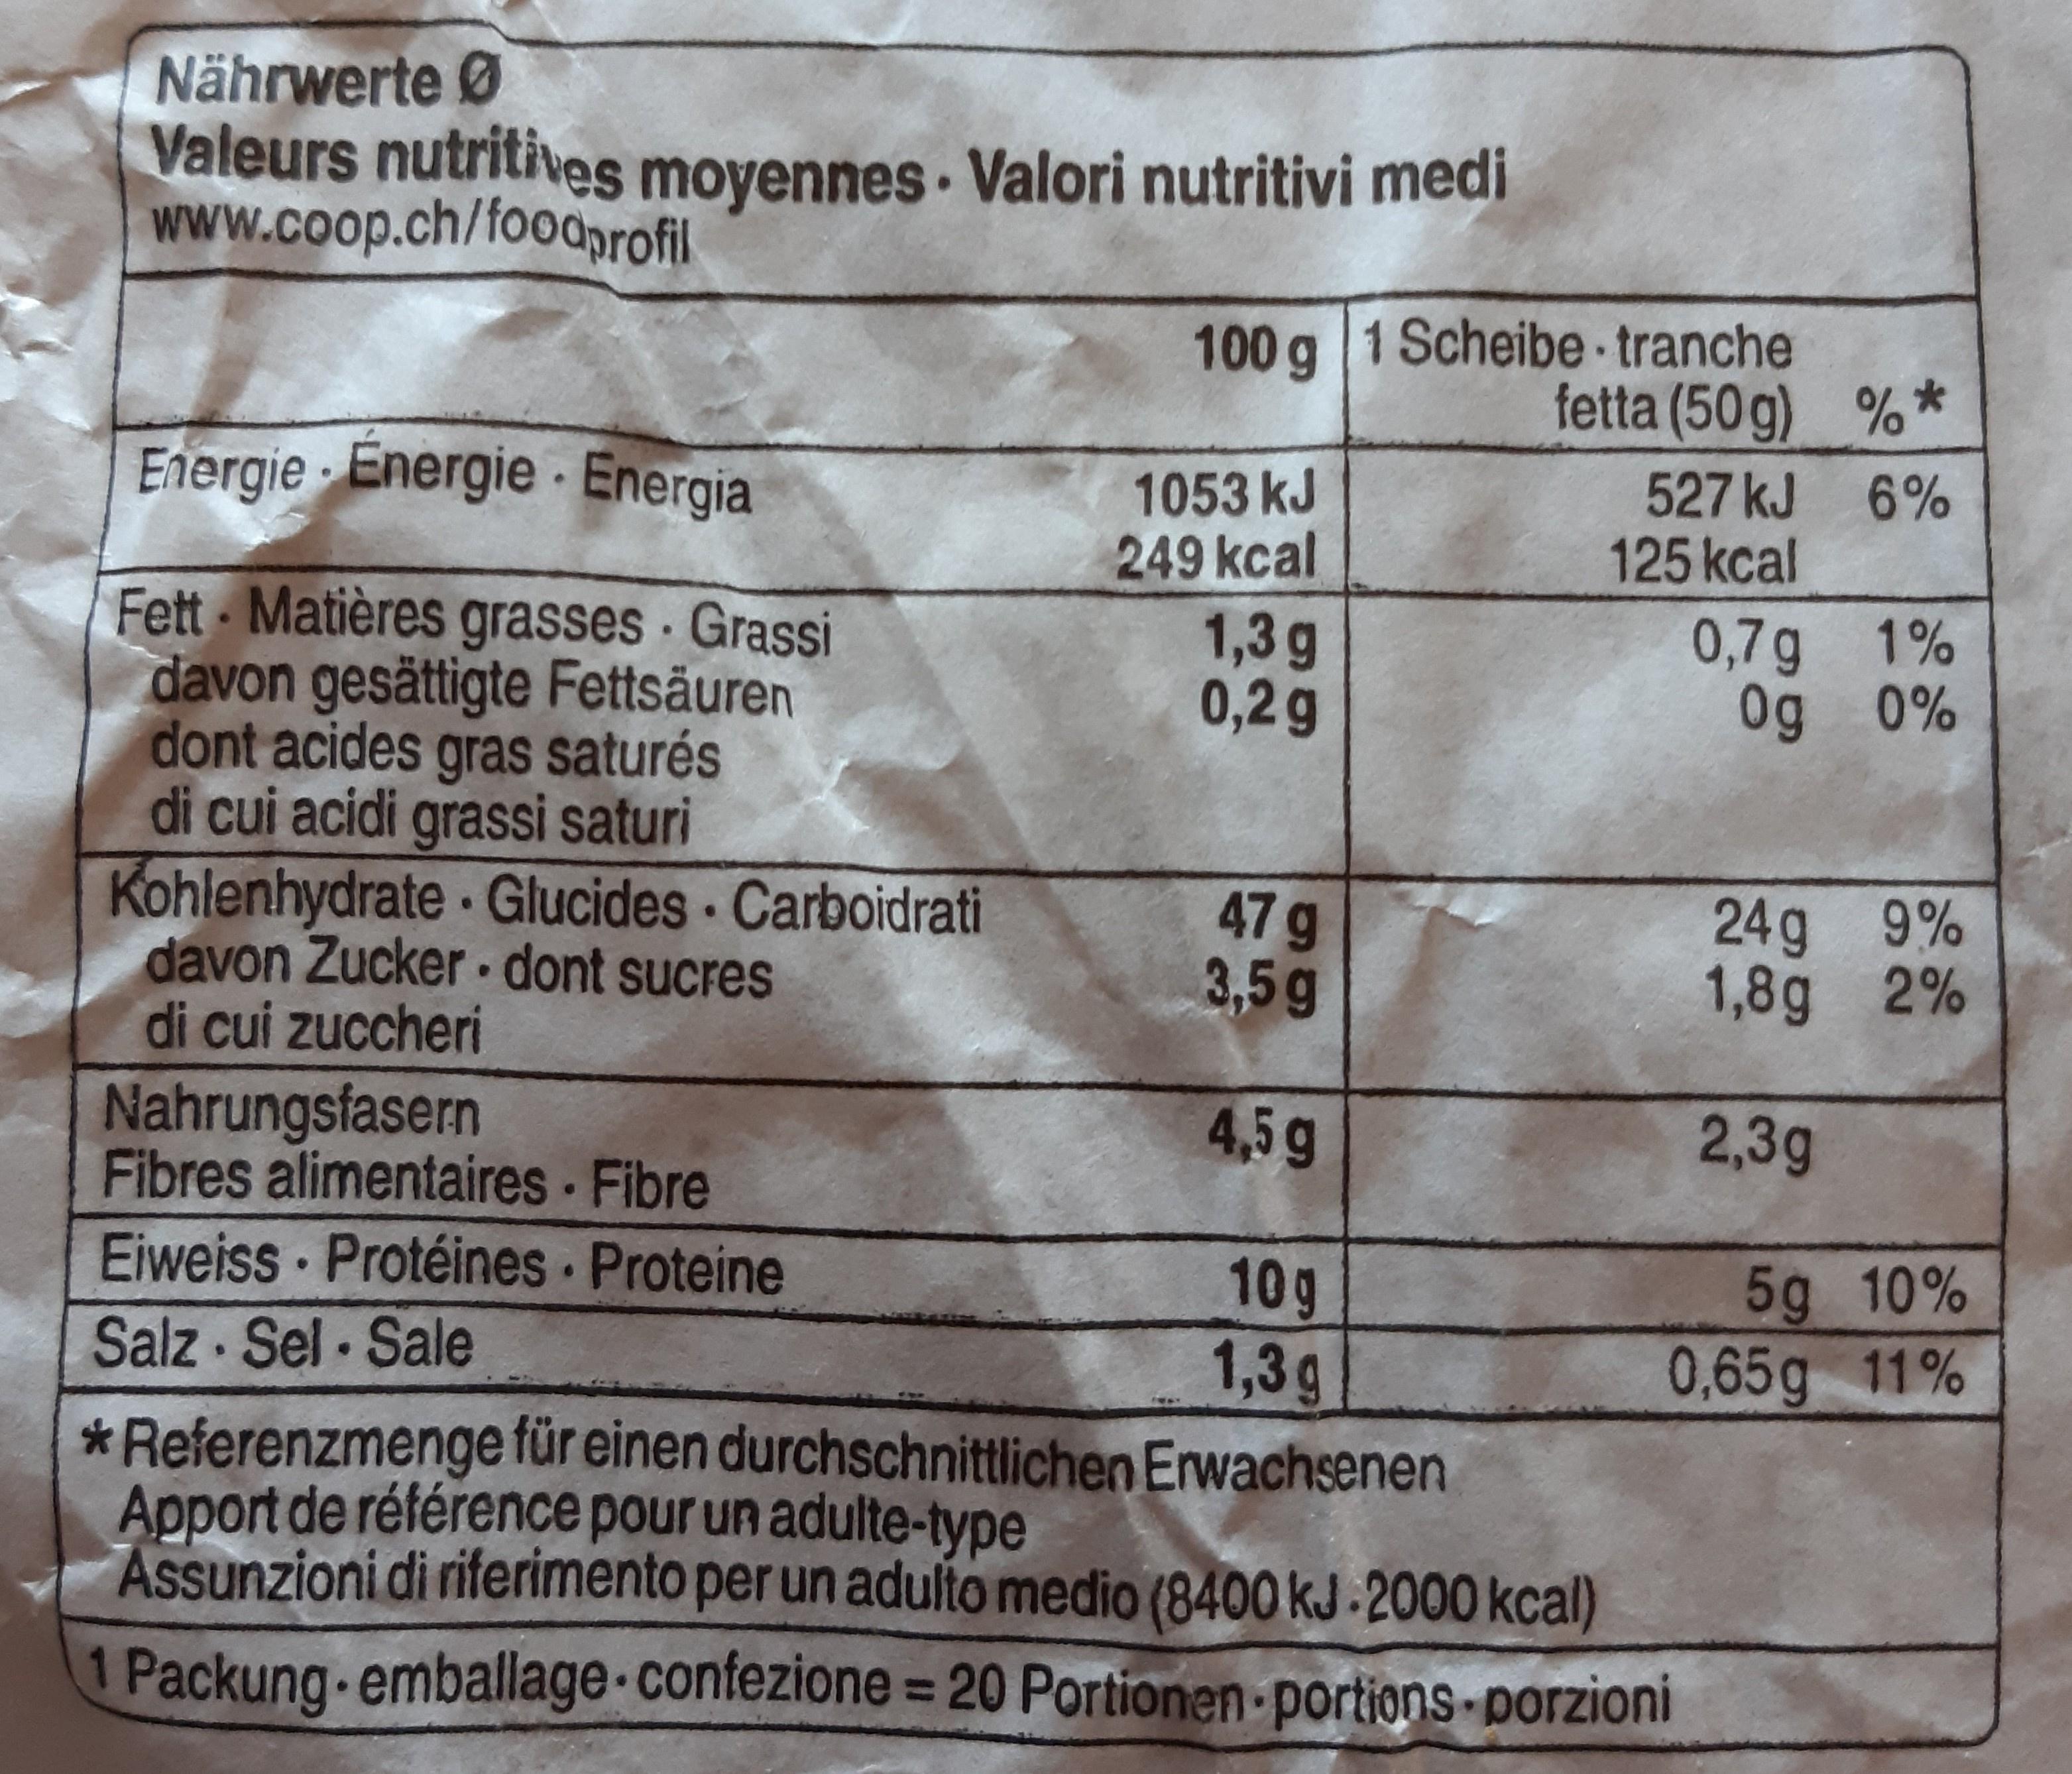
Nährwerte 0 Valeurs nutritives moyennes - Valori nutritivi medi www.coop.ch/foodprofil
100 g 1 Scheibe tranche fetta (50 g) %*
Energie Energie Energia
1053 kJ 249kcal
527 kJ 6% 125 kcal
Fett Matières davon gesättigte Fettsäuren dont acides gras saturés di cui acidi grassi saturi Kohlenhydrate Glucides Carboidrati davon Zucker dont sucres di cui zuccheri
grasses Grassi
1,3g 0,2g
0,7g 1% 0g 0%
47g 3,5g
24g 9% 1,8g 2%
Nahrungsfasern Fibres alimentaires Fibre
4,5g
2,3g
Eiweiss Protéines Proteine Salz Sel Sale *Referenzmenge für einen durchschnittlichen Erwachsenen Apport de référence pour un adulte-type Assunzioni di riferimento per un adulto medio (8400 kJ 2000 kcal)
10g 1,3g
5g 10% 0,65g 11%
Packung emballage-confezione = 20 Portionen-portions-porzioni
%3D